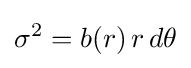
\sigma ^{2}=b(r)\,r\,d\theta